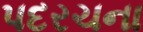
પદરચના